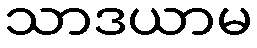
သာဒယာမ